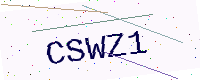
Text: CSWZ1